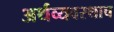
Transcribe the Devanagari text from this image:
अर्थव्यवस्थाच